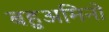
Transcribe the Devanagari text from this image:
बहुअमिनो